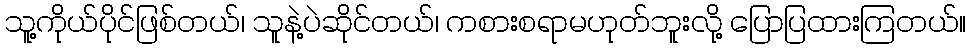
သူ့ကိုယ်ပိုင်ဖြစ်တယ်၊ သူနဲ့ပဲဆိုင်တယ်၊ ကစားစရာမဟုတ်ဘူးလို့ ပြောပြထားကြတယ်။